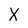
Character: X